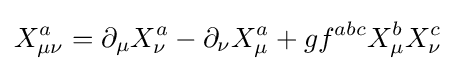
X_{\mu \nu }^{a}=\partial _{\mu }X_{\nu }^{a}-\partial _{\nu }X_{\mu }^{a}+gf^{abc}X_{\mu }^{b}X_{\nu }^{c}~